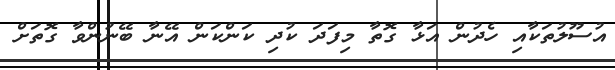
އުސޫލުތަކާއި ހެދުން އަޅާ ގޮތާ މިފަދަ ކުދި ކަންކަން އޭނާ ބޭނުންވާ ގޮތަށް